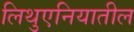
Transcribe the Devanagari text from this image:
लिथुएनियातील